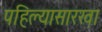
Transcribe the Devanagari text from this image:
पहिल्यासारखा